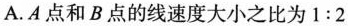
()B.前轮和后轮的角速度之比为2:1